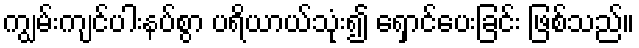
ကျွမ်းကျင်ပါးနပ်စွာ ပရိယာယ်သုံး၍ ရှောင်ပေးခြင်း ဖြစ်သည်။